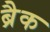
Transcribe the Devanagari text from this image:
ब्रैक